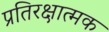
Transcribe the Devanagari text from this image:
प्रतिरक्षात्‍मक